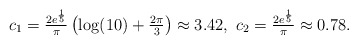
\begin{align*} c_{1}=\tfrac{2e^{\frac{1}{5}}}{\pi}\left(\log(10)+\tfrac{2\pi}{3}\right)\approx 3.42,\ c_{2}=\tfrac{2e^{\frac{1}{5}}}{\pi}\approx0.78. \end{align*}